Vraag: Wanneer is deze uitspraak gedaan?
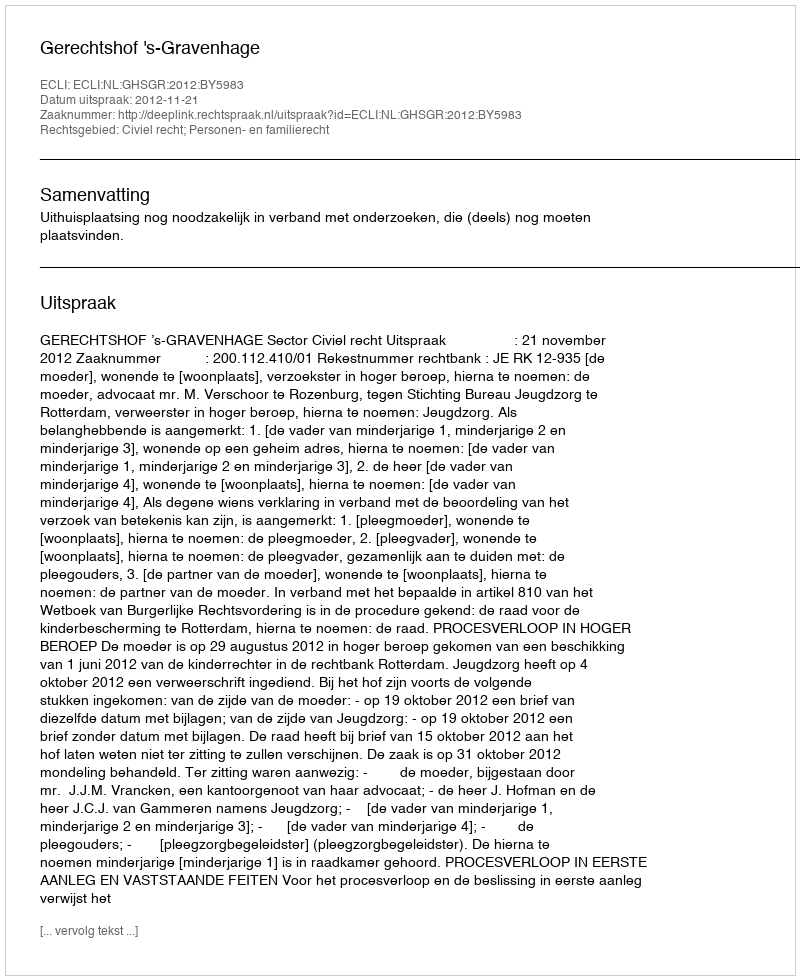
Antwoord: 2012-11-21